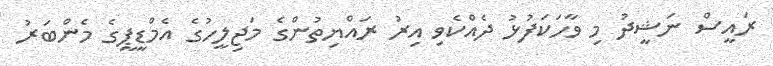
ރައީސް ނަޝީދު މި ވާހަކަފުޅު ދެއްކެވި އިރު ރައްޔިތުންގެ މަޖިލީހުގެ އެމްޑީޕީގެ މެންބަރު